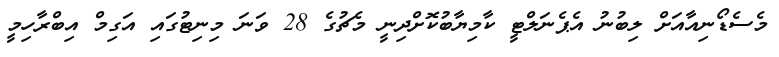
މެސެޑޯނިއާއަށް ލިބުނު އެޕެނަލްޓީ ކާމިޔާބުކޮށްދިނީ މެޗުގެ 28 ވަނަ މިނިޓުގައި އަގިމް އިބްރާހިމީ